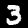
Label: 3